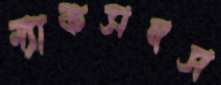
ম্যাকসনস